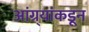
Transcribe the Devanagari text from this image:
आंग्र्‌यांकडून